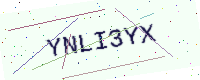
Text: YNLI3YX